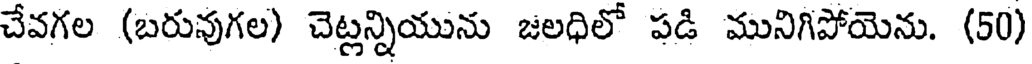
చేవగల (బరువుగల) చెట్లన్నియును జలధిలో పడి మునిగిపోయెను. (50)